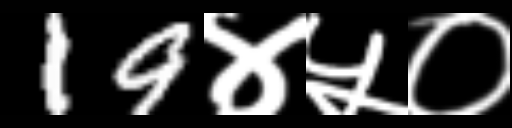
Text: 19४५०